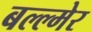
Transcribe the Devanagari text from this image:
बल्ल्मेर